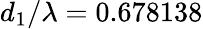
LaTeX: d_{1}/\lambda=0.678138